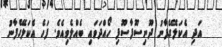
އަދި އެކަލޭގެފާނު ދޫނިސޫފާސޫފި ހޯއްދަވައި ބެއްލެވިއެވެ. ފަހެ އެކަލޭގެފާނު